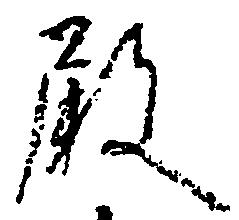
殿